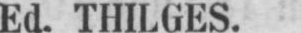
Ed. THILGES.